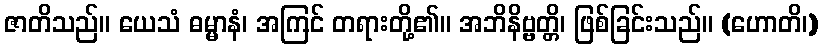
ဇာတိသည်။ ယေသံ ဓမ္မာနံ၊ အကြင် တရားတို့၏။ အဘိနိဗ္ဗတ္တိ၊ ဖြစ်ခြင်းသည်။ (ဟောတိ၊)